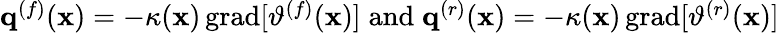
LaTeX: \begin{array}{r}{\mathbf{q}^{(f)}(\mathbf{x})=-\kappa(\mathbf{x})\, \mathrm{grad}[\vartheta^{(f)}(\mathbf{x})]\; \mathrm{and}\; \mathbf{q}^{(r)}(\mathbf{x})=-\kappa(\mathbf{x})\, \mathrm{grad}[\vartheta^{(r)}(\mathbf{x})]}\end{array}